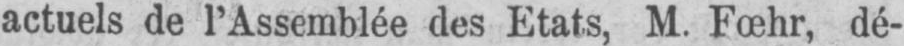
actuels de l’Assemblée des Etats, M. Fœhr, dé-